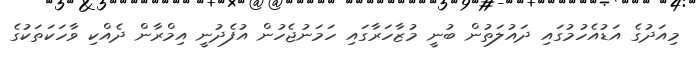
މިއަދުގެ އަޑުއެހުމުގައި ދައުލަތުން ބުނީ މުޒާހަރާގައި ހަމަނުޖެހުން އުފެދުނީ އިމްރާން ދެއްކި ވާހަކަތަކުގެ